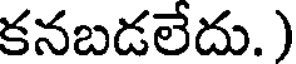
కనబడలేదు.)